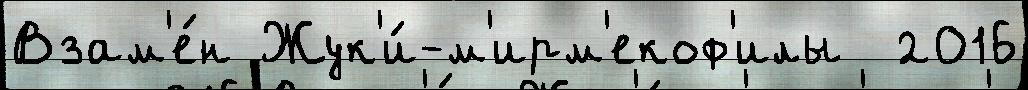
Взам'е́н Жук'и́-м'ирм'екоф'илы  2016